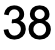
38